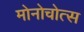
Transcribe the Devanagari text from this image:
मोनोचोत्स